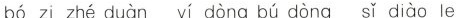
bó zi zhé duàn yí dòng bú dòng sǐ diào le